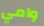
وامي